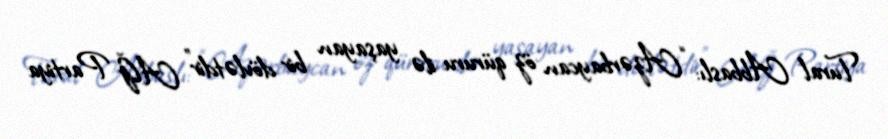
Tural Abbaslı: “Azərbaycan öz qüruru ilə yaşayan bir dövlətdir” AĞ Partiya